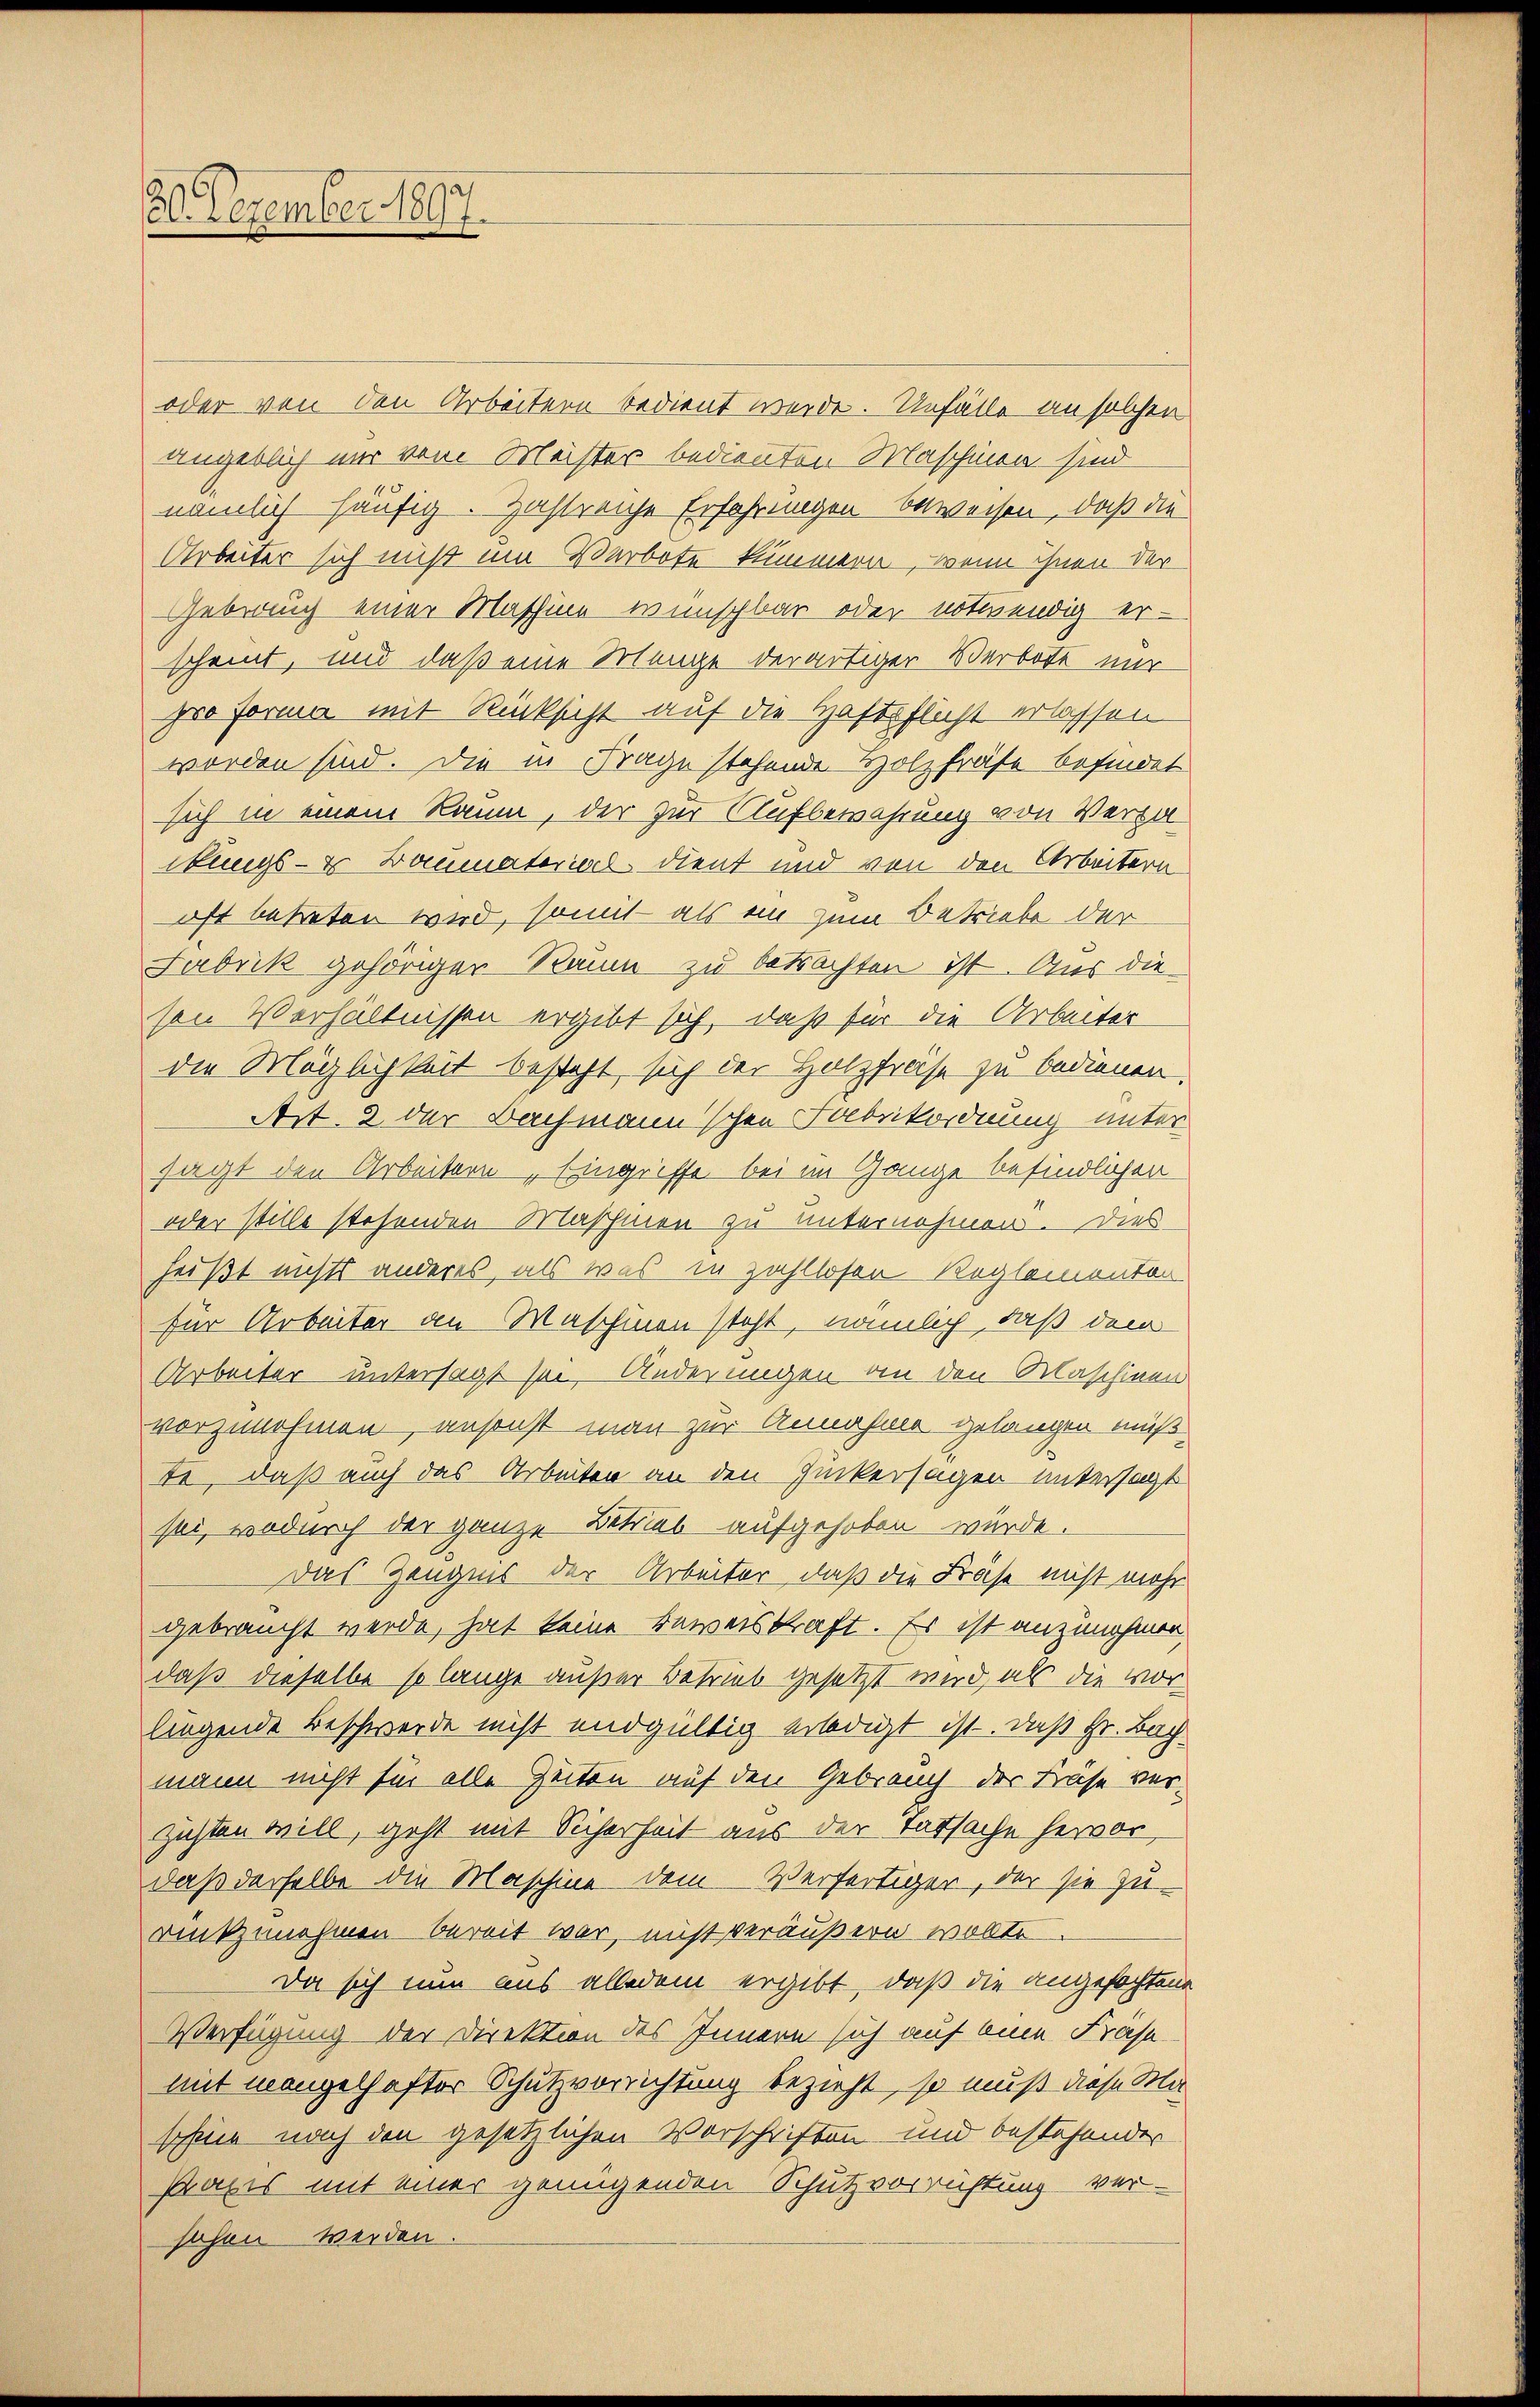
36. Dezember 1897.

oder von den Arbeitern bedient werde. Unfälle an solchen
ungeblich nur vom Meister bedienten Maschinen sind
nämlich häufig. Zahlreiche Erfahrungen beweisen, daß die
Arbeiter sich nicht um Verbote kümmern, wenn ihnen der
Gebrauch einer Maschine wünschbar oder notwendig er-
scheint, und daß eine Menge der artiger Verbote nur
zuo forma mit Rücksicht auf die Haftpflicht erlassen
worden sind. Die in Frage stehende Holzfrase befindet
sich in einem Raum, der zur Aufbewahrung von Verpaikungs- & Baumaterial dient und von den Arbeitern
oft betreten wird, somit als ein zum Betriebe der
Fabrik gehöriger Raum zu betrachten ist. Aus die
son Verhältnissen ergibt sich, daß für die Arbeiter
die Möglichkeit besteht, sich der Holzfräse zu bedienen.
Art. 2 der Bachmann'schen Fabrikordnung unter
sagt den Arbeitern Eingriffe bei im Gange befindlichen
oder stille stehenden Maschinen zu unternehmen. Dies
heißt nichts anderes, als was in zahllosen Reglementen
für Arbeiter an Waschinen steht, nämlich, daß dem
Arbeiter untersagt sei, Änderungen an den Maschinen
vorzunehmen, ansonst man zur Annahme gelangen muß.
te, daß auch das Arbeiten an den Zuckersagen untersagt
sei, wodurch der ganze Betrieb aufgehoben würde.
Das Zeugnis der Arbeiter, daß die Frase nicht mehr
gebraucht werde, hat keine Beweiskraft. Es ist anzunehmen,
daß dieselbe so lange außer Betrieb gesetzt wird, als die vor-
liegende Beschwerde nicht endgültig erledigt ist. Daß Hr. Bachmann nicht für alle Zeiten auf den Gebrauch der Käse ver-
zichten will, geht mit Sicherheit aus der Tatsache hervor
daß derselbe die Maschine dem Verfertiger, der sie zurntzunehmen bereit war, nicht veräußern wolte
Da sich nun aus alledem ergibt, daß die angefochtene
Verfügung der Direktion des Innern sich auf eine Fräse
mit mangelhafter Schutzvorrichtung bezieht, so muß diese Ma
schine nach den gesetzlichen Vorschriften und bestehender
Praxis mit einer genügenden Schutzvorrichtung ver-
sehen werden.